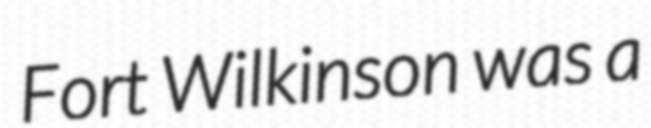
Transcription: Fort Wilkinson was a